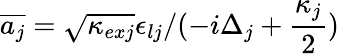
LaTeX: \overline{{a_{j}}}=\sqrt{\kappa_{exj}}\epsilon_{lj}/(-i\Delta_{j}+\frac{\kappa_{j}}{2})